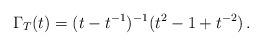
LaTeX: \begin{align*}\Gamma_{T}(t)= (t-t^{-1})^{-1}(t^2 - 1 + t^{-2})\,.\end{align*}